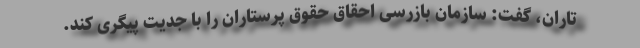
تاران، گفت: سازمان بازرسی احقاق حقوق پرستاران را با جدیت پیگری کند.